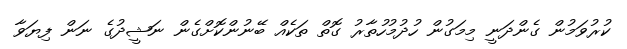
ކުރުވަމުން ގެންދަނީ މިމަގުން ހުދުމުހުތާރު ގޮތް ތަކެއް ބޭނުންކޮށްގެން ނަޝީދުގެ ނަން ފިޔަވާ